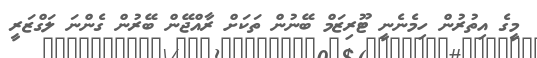
މީގެ އިތުރުން ހިމެނެނީ ޓޫރިޒަމް ބޭނުން ތަކަށް ރާއްޖޭން ބޭރުން ގެންނަ ލަގްޒަރީ